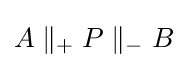
A\parallel _{+}P\parallel _{-}B